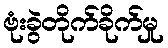
ဗုံးခွဲတိုက်ခိုက်မှု